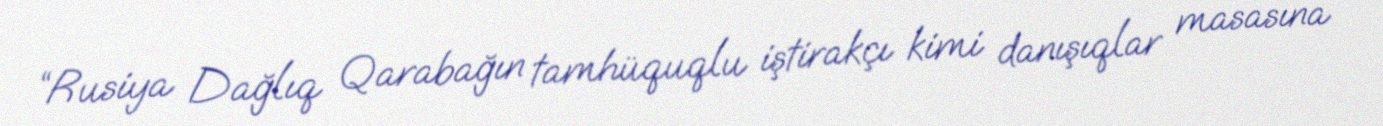
“Rusiya Dağlıq Qarabağın tamhüquqlu iştirakçı kimi danışıqlar masasına